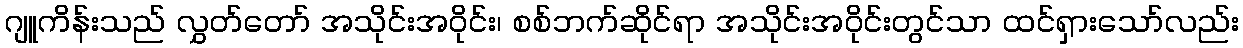
ဂျူကိန်းသည် လွှတ်တော် အသိုင်းအဝိုင်း၊ စစ်ဘက်ဆိုင်ရာ အသိုင်းအဝိုင်းတွင်သာ ထင်ရှားသော်လည်း